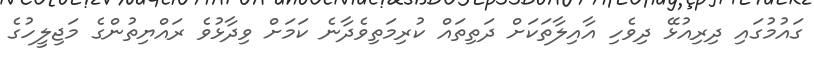
ގައުމުގައި ދިރިއުޅޭ ދިވެހި އާއިލާތަކަށް ދަތިތައް ކުރިމަތިވެދާނެ ކަމަށް ވިދާޅުވެ ރައްޔިތުންގެ މަޖިލީހުގެ